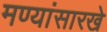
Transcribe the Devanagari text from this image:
मण्यांसारखे